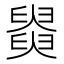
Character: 𦦚